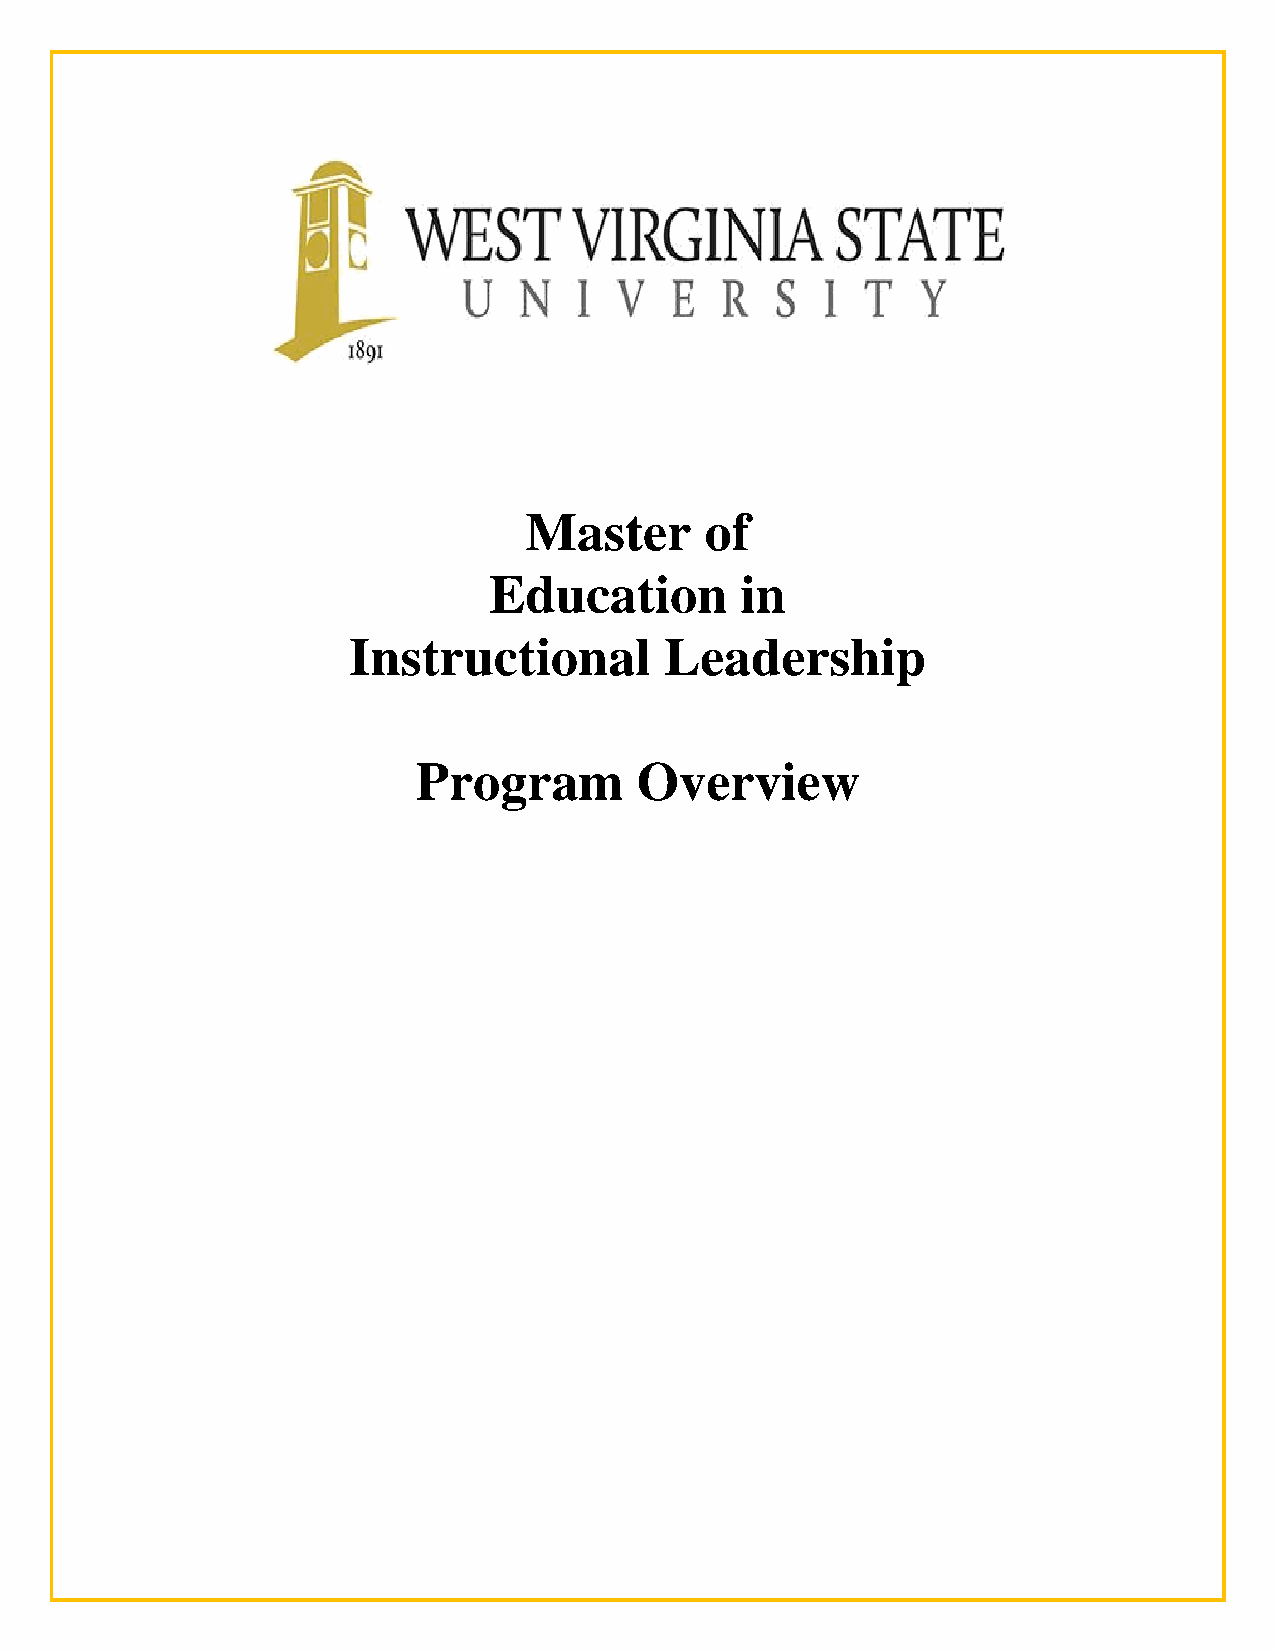
Master      of
 Education        in
 Instructional        Leadership
 Program       Overview